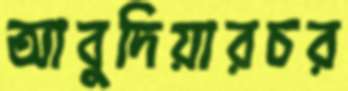
আবুদিয়ারচর